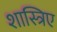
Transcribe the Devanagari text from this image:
शास्त्रिए